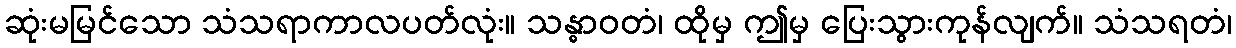
ဆုံးမမြင်သော သံသရာကာလပတ်လုံး။ သန္ဓာဝတံ၊ ထိုမှ ဤမှ ပြေးသွားကုန်လျက်။ သံသရတံ၊